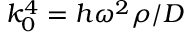
k _ { 0 } ^ { 4 } = h \omega ^ { 2 } \rho / D